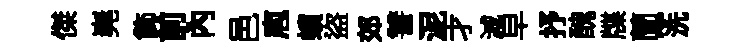
傑嶤飾前內邑庖蠙盜郊讐泥才減皁抒醜牒蘭~洗